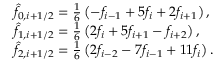
\begin{array} { r l } & { \hat { f } _ { 0 , i + 1 / 2 } = \frac { 1 } { 6 } \left( - f _ { i - 1 } + 5 f _ { i } + 2 f _ { i + 1 } \right) , } \\ & { \hat { f } _ { 1 , i + 1 / 2 } = \frac { 1 } { 6 } \left( 2 f _ { i } + 5 f _ { i + 1 } - f _ { i + 2 } \right) , } \\ & { \hat { f } _ { 2 , i + 1 / 2 } = \frac { 1 } { 6 } \left( 2 f _ { i - 2 } - 7 f _ { i - 1 } + 1 1 f _ { i } \right) . } \end{array}